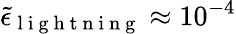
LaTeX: \tilde{\epsilon}_{\mathrm{~l~i~g~h~t~n~i~n~g~}}\approx 10^{-4}